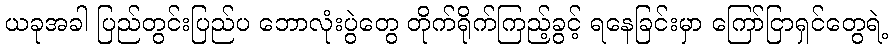
ယခုအခါ ပြည်တွင်းပြည်ပ ဘောလုံးပွဲတွေ တိုက်ရိုက်ကြည့်ခွင့် ရနေခြင်းမှာ ကြော်ငြာရှင်တွေရဲ့